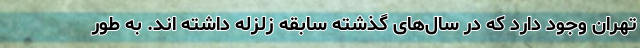
تهران وجود دارد که در سال‌های گذشته سابقه زلزله داشته اند. به طور